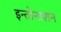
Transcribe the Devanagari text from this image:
इन्तोनाशन